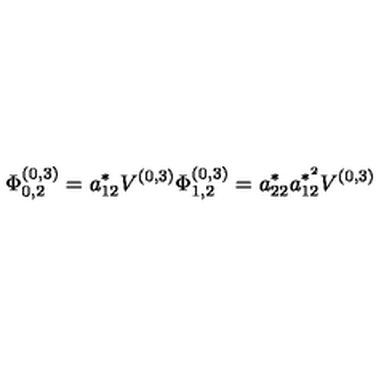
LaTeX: \Phi _ { 0 , 2 } ^ { ( 0 , 3 ) } = a _ { 1 2 } ^ { * } V ^ { ( 0 , 3 ) } \Phi _ { 1 , 2 } ^ { ( 0 , 3 ) } = a _ { 2 2 } ^ { * } a _ { 1 2 } ^ { * ^ { 2 } } V ^ { ( 0 , 3 ) }